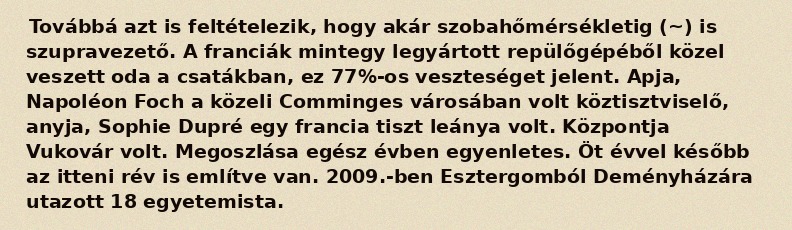
Továbbá azt is feltételezik, hogy akár szobahőmérsékletig (~) is szupravezető. A franciák mintegy legyártott repülőgépéből közel veszett oda a csatákban, ez 77%-os veszteséget jelent. Apja, Napoléon Foch a közeli Comminges városában volt köztisztviselő, anyja, Sophie Dupré egy francia tiszt leánya volt. Központja Vukovár volt. Megoszlása egész évben egyenletes. Öt évvel később az itteni rév is említve van. 2009.-ben Esztergomból Deményházára utazott 18 egyetemista.